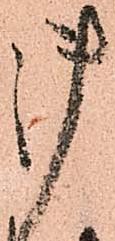
御